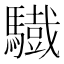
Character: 𩦕